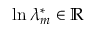
\ln \lambda _ { m } ^ { * } \in \mathbb { R }